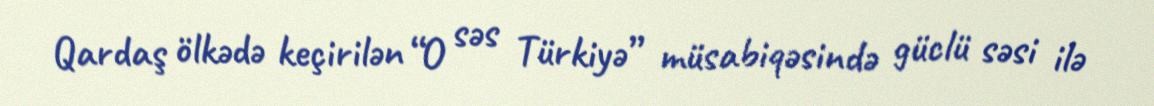
Qardaş ölkədə keçirilən “O səs Türkiyə” müsabiqəsində güclü səsi ilə